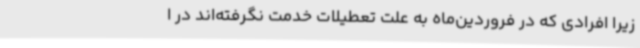
زیرا افرادی که در فروردین‌ماه به علت تعطیلات خدمت نگرفته‌اند در ا